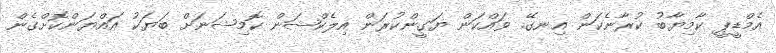
އެމްޑީޕީ ކާމިޔާބު ކުރާނެކަން އިނގޭ. ވައްކަން ޔަގީންކުރަން އިލެކްޝަން ކޮމިޝަނަށް ބަޔަކު އައްޔަންކޮށްގެން